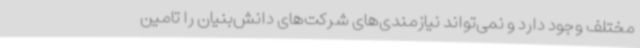
مختلف وجود دارد و نمی‌تواند نیازمندی‌های شرکت‌های دانش‌بنیان را تامین